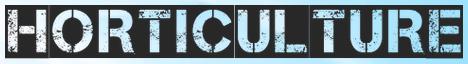
HORTICULTURE